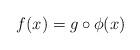
LaTeX: \begin{align*}f(x)=g\circ \phi(x)\end{align*}